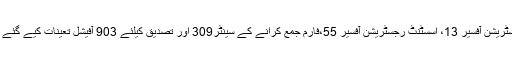
رجسٹریشن آفسیر 13، اسسٹنٹ رجسٹریشن آفسیر 55،فارم جمع کرانے کے سینٹر309 اور تصدیق کیلئے 903 آفیشل تعینات کیے گئے ہیں۔